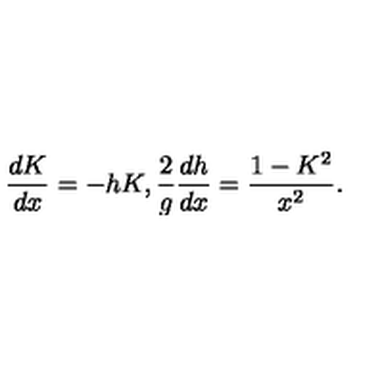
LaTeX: \frac { d K } { d x } = - h K , \frac { 2 } { g } \frac { d h } { d x } = \frac { 1 - K ^ { 2 } } { x ^ { 2 } } .